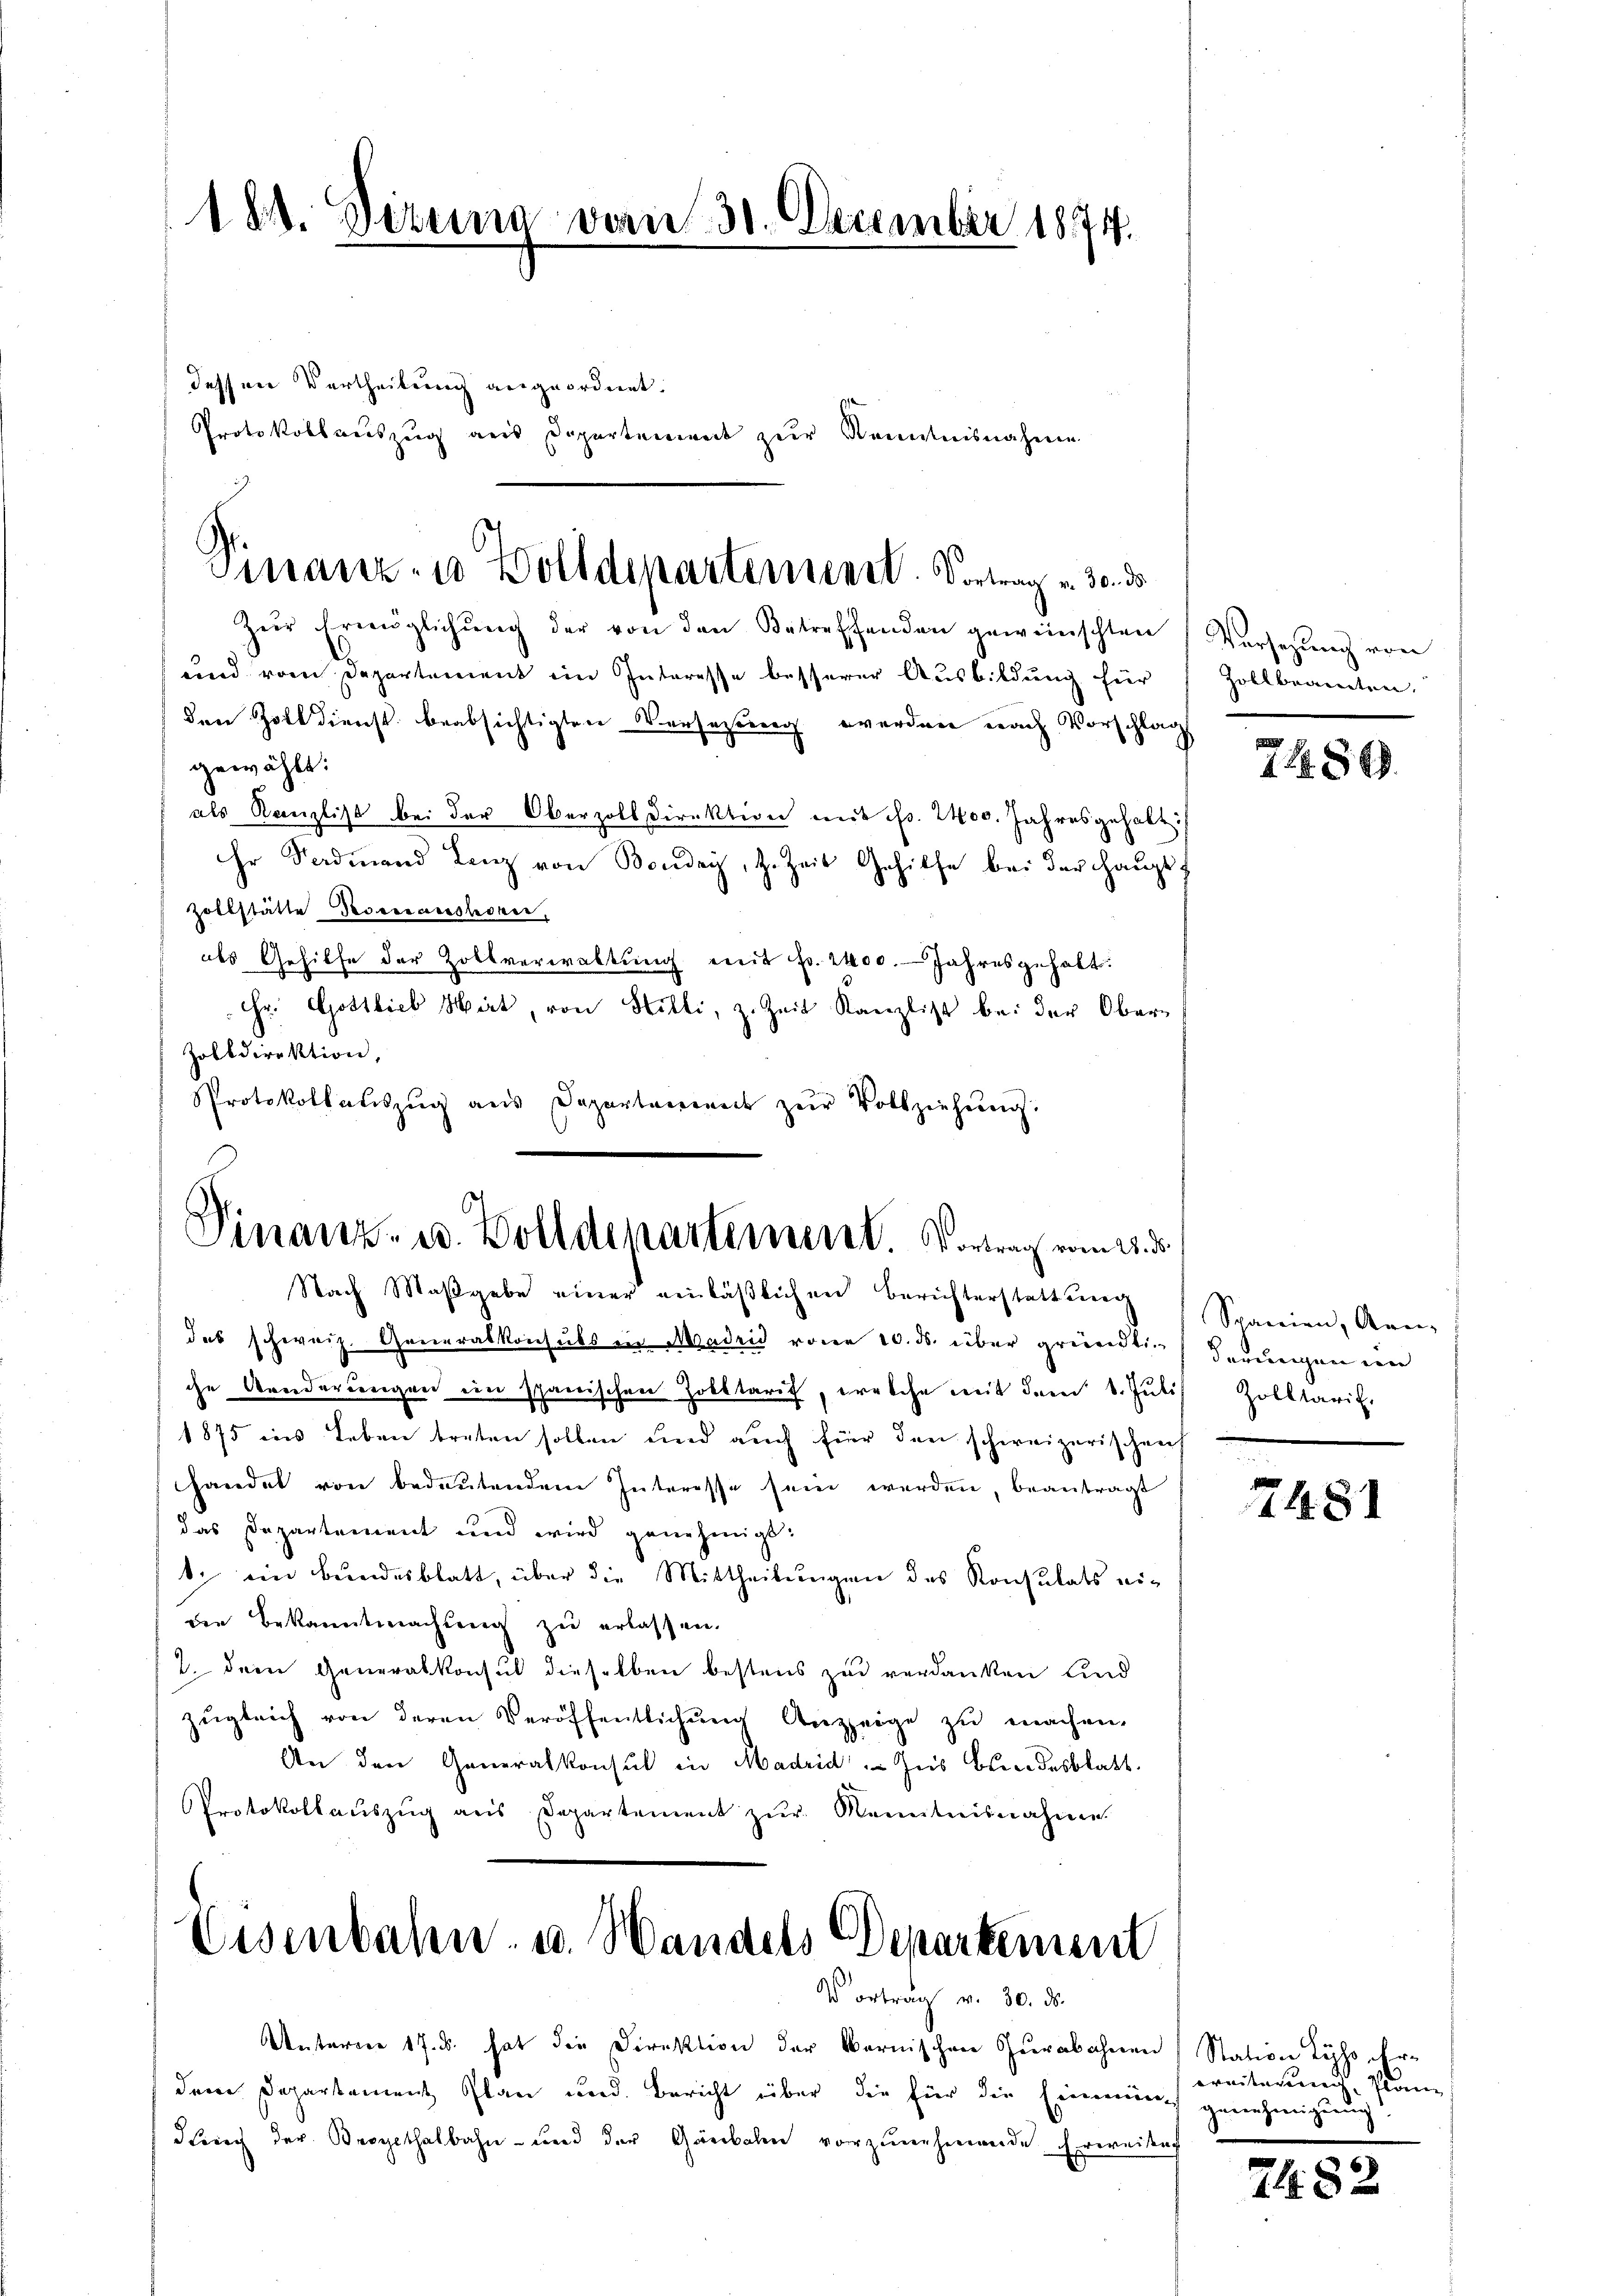
188. Dezuna vom 30. December 1874.

dessner Vertheilung angeordnet.
Protokollauszug aus Departement zur Kenntnisnahme

Finanz- u Wolldeparteriert. Vortrag v. 30. ds

Zur Ermöglichung der von den Betreffenden gewünschten
und vom Departement ein Interesse besserer Ausbildung für
den Zoll dienst beabsichtigten Versetzung werden nach Vorschlags
gewählt:
als Kanzlist bei der Oberzoll Direktion mit fr. 2400. Jahresgehalt
hr Sadmand Lanz von Bonday, z. Zeit Gehilfe bei der Hauptf
Zollstätte Procesarestecker,
als Gehilfe der Zollverwaltung mit fr. 2400. Jahresgehalt.
Hr. Gottlieb Mart, von Stilli, z. Zeit Kanzlist bei der Ober¬
Zolldirektion,
Protokollaŭszŭg ans Departement zŭr Vollziehŭng:

Finanz- u. Bolldepartement. Vortrag vom 21. d.
Nach Maßgabe einer einläßlichen Berichterstattung

Eisenbahn- u. Handels Departement
Vortrag v. 30. ds.

Unterne 17. u. hat die Direktion der Bernischen Curabahnen (Station Lyss, ihre
dem Departement Plan und Bericht über die für die Einmunch genehmigung
durch der Bergethalbahn- und der Gänbahn vorzunehmende Erweisung

das schweiz. Generalkonsuls in Madrid von 10. ds. über gründlic
che Aenderungen im spanischen Zolltaris, welche mit dem 8. Jŭli Zolltari
1875 ins Leben treten sollen und auch für den schweizerischen
handel von bedeutendem Interesse sein werden, beantragt
das Departement und wird genehmigt:
1. ein Bundesblatt, über die Mittheilungen des Konsulats eiden Bekanntmachung zu erlassen.
2. dem Generalkonsul dieselben bestens zu verdanken und
zŭgleich von deren Veröffentlichŭng Anzeige zŭ machen,
An den Generalkonsul in Madrid Ins Bundesblatt.
Protokollauszug aus Departement zŭr Kenntnisnahme.

Versetzung von
Zollbeamten.

5
1 R. S.

Spanien, Arne
derungen im

7481

weiterung Plan

7482